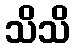
သိသိ